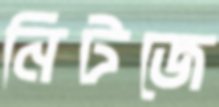
নিটজে